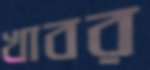
খাবর